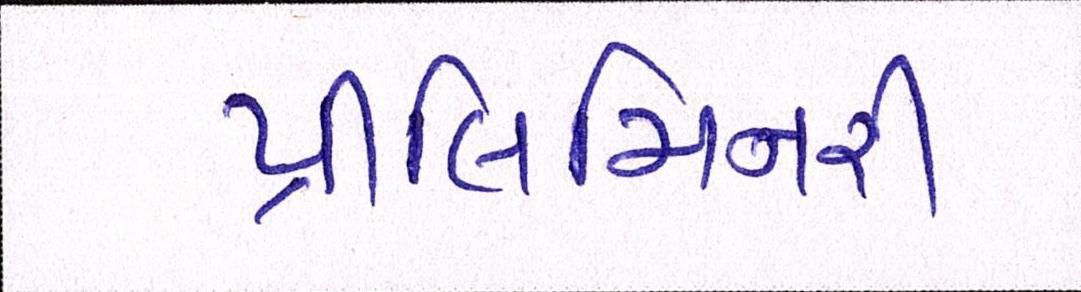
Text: પ્રીલિમિનરી